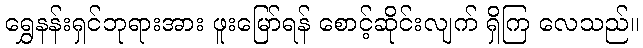
ရွှေနန်းရှင်ဘုရားအား ဖူးမြော်ရန် စောင့်ဆိုင်းလျက် ရှိကြ လေသည်။